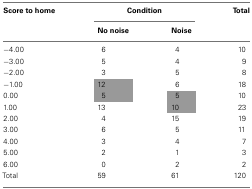
| Score to home | <COLSPAN=2> Condition | Total |
 |  | No noise | Noise |  |
 | --- | --- | --- | --- |
 | −4.00 | 6 | 4 | 10 |
 | −3.00 | 5 | 4 | 9 |
 | −2.00 | 3 | 5 | 8 |
 | −1.00 | 12 | 6 | 18 |
 | 0.00 | 5 | 5 | 10 |
 | 1.00 | 13 | 10 | 23 |
 | 2.00 | 4 | 15 | 19 |
 | 3.00 | 6 | 5 | 11 |
 | 4.00 | 3 | 4 | 7 |
 | 5.00 | 2 | 1 | 3 |
 | 6.00 | 0 | 2 | 2 |
 | Total | 59 | 61 | 120 |